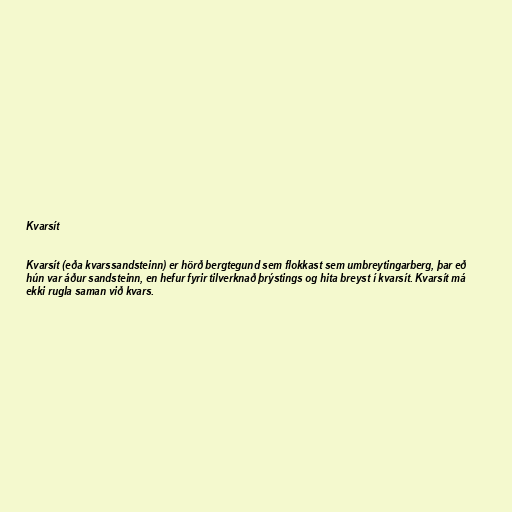
Kvarsít

Kvarsít (eða kvarssandsteinn) er hörð bergtegund sem flokkast sem umbreytingarberg, þar eð
hún var áður sandsteinn, en hefur fyrir tilverknað þrýstings og hita breyst í kvarsít. Kvarsít má
ekki rugla saman við kvars.